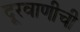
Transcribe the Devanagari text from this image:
दूरवाणीची